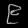
Digit: ၉